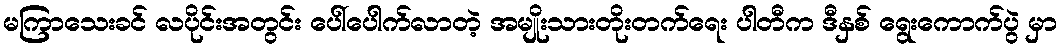
မကြာသေးခင် လပိုင်းအတွင်း ပေါ်ပေါက်လာတဲ့ အမျိုးသားတိုးတက်ရေး ပါတီက ဒီနှစ် ရွေးကောက်ပွဲ မှာ